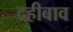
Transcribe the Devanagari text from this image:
दहीबाव